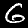
Label: 6